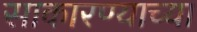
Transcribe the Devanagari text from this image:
साकारण्याच्या